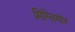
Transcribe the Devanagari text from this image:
मिग्लियोर